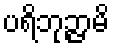
ပရိဘုဉ္ဇာမိ